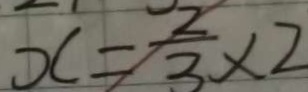
x = \frac { 2 } { 3 } \times 2